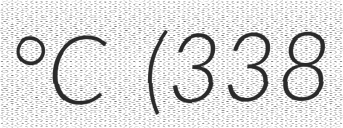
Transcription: °C (338